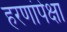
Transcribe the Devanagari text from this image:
हरणांपेक्षा